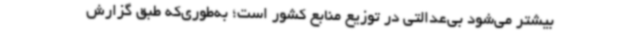
بیشتر می‌شود بی‌عدالتی در توزیع منابع کشور است؛ به‌طوری‌که طبق گزارش